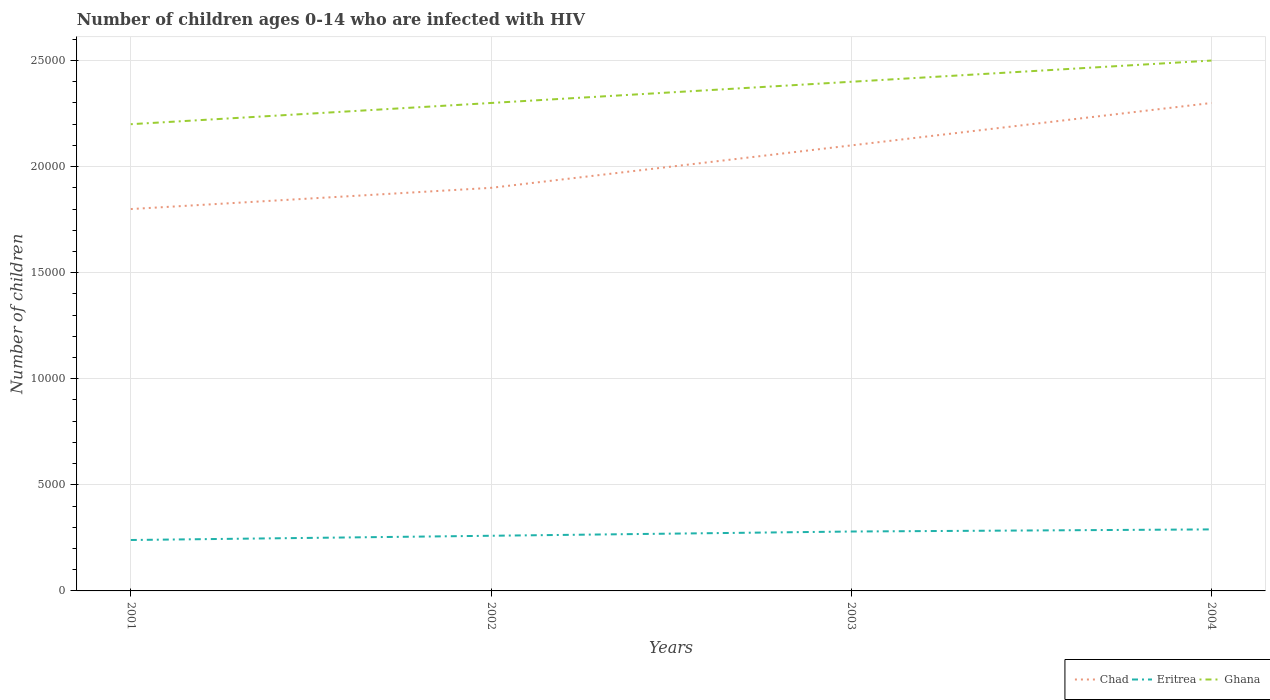
| Years | Chad | Eritrea | Ghana |
 | --- | --- | --- | --- |
 | 2001 | 1.8e+04 | 2.4e+03 | 2.2e+04 |
 | 2002 | 1.9e+04 | 2.6e+03 | 2.3e+04 |
 | 2003 | 2.1e+04 | 2.8e+03 | 2.4e+04 |
 | 2004 | 2.3e+04 | 2.9e+03 | 2.5e+04 |